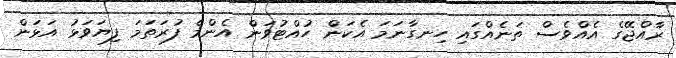
ރާއްޖޭގެ އެއްވެސް ތަނެއްގައި ހިނގާނަމަ އެކަން ހުއްޓުވަން އެންމެ ފުރަތަމަ ފިޔަވަޅު އަޅަން